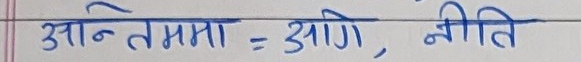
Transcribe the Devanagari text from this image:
अन्तिममा - आणि, नीति